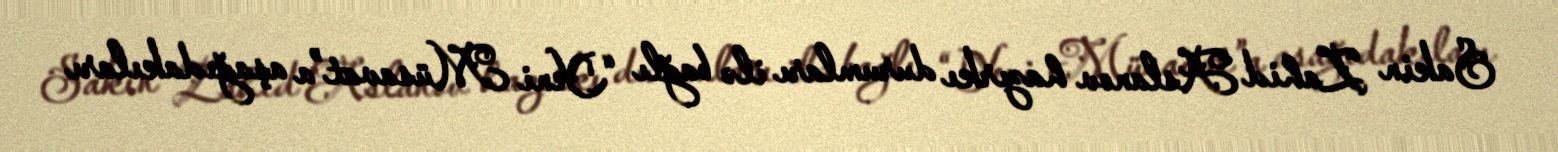
Sakin Zahid Aslanov hazırkı durumları ilə bağlı “Yeni Müsavat”a aşağıdakıları